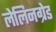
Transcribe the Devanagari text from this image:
लेलिनग्रेड